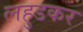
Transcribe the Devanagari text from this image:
लहुडकर